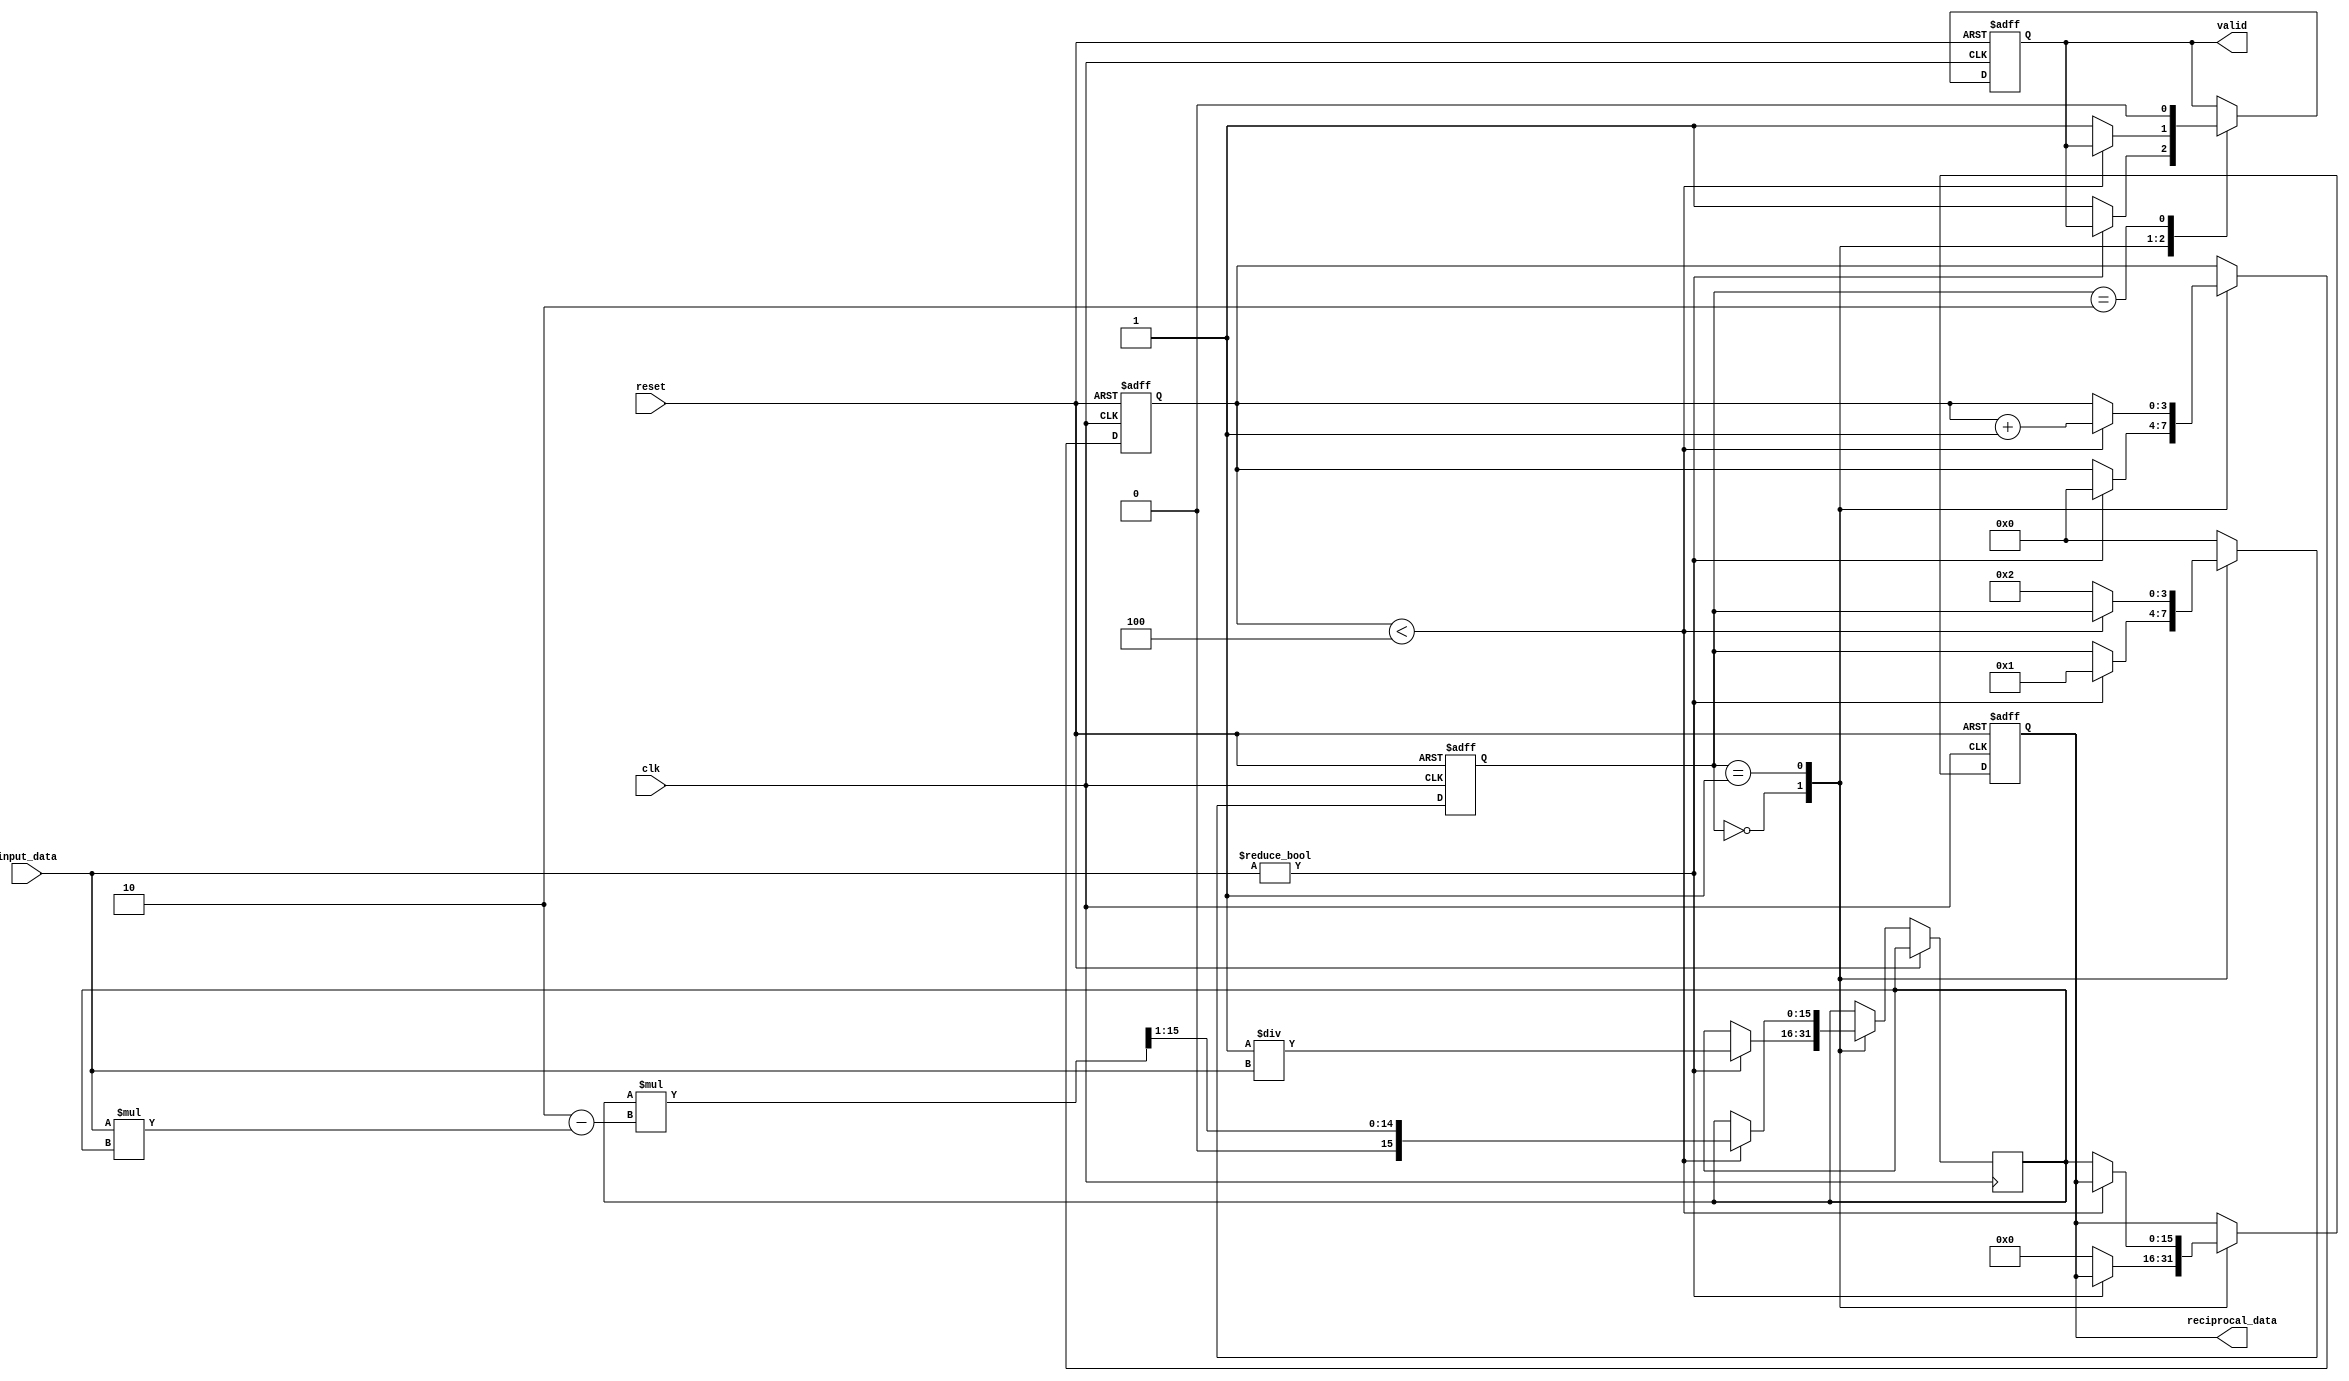
module fixed_point_reciprocal (
    input wire [15:0] input_data,  // Fixed-point input (Q1.15 format)
    input wire clk,
    input wire reset,
    output reg [15:0] reciprocal_data, // Fixed-point reciprocal output (Q1.15 format)
    output reg valid // Output valid signal
);

    reg [15:0] x; // Current approximation of the reciprocal
    reg [3:0] state; // State variable for FSM
    reg [3:0] iteration_count; // Iteration counter
    reg start_calculation; // Signal to start calculation

    // State encoding
    localparam IDLE = 4'b0000,
               CALCULATE = 4'b0001,
               DONE = 4'b0010;

    // Initialize the reciprocal to zero and valid to low
    initial begin
        reciprocal_data = 16'b0;
        valid = 1'b0;
        state = IDLE;
        iteration_count = 4'b0;
    end

    // State machine for controlling the reciprocal calculation
    always @(posedge clk or posedge reset) begin
        if (reset) begin
            reciprocal_data <= 16'b0;
            valid <= 1'b0;
            state <= IDLE;
            iteration_count <= 4'b0;
        end else begin
            case (state)
                IDLE: begin
                    if (input_data != 16'b0) begin
                        // Initial approximation: x = 1 / input_data
                        x <= {1'b0, 15'b1} / input_data; // Initial guess (1.0 in Q1.15)
                        iteration_count <= 4'b0;
                        state <= CALCULATE;
                    end else begin
                        // Handle division by zero
                        reciprocal_data <= 16'b0; // or some error code
                        valid <= 1'b1; // Indicate valid output
                    end
                end

                CALCULATE: begin
                    if (iteration_count < 4'd4) begin // Perform 4 iterations
                        x <= x * (2'b10 - input_data * x) >> 1; // Newton-Raphson update
                        iteration_count <= iteration_count + 1;
                    end else begin
                        reciprocal_data <= x; // Final result
                        valid <= 1'b1; // Indicate valid output
                        state <= DONE;
                    end
                end

                DONE: begin
                    // Wait for the next input
                    valid <= 1'b0; // Reset valid signal
                    state <= IDLE; // Go back to IDLE state
                end

                default: state <= IDLE; // Default to IDLE state
            endcase
        end
    end

endmodule